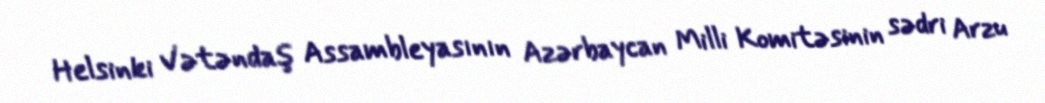
Helsinki Vətəndaş Assambleyasının Azərbaycan Milli Komitəsinin sədri Arzu